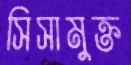
সিসামুক্ত